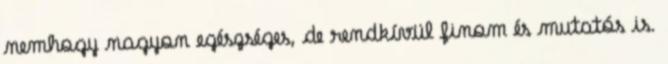
nemhogy nagyon egészséges, de rendkívül finom és mutatós is.